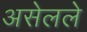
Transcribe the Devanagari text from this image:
असेलले